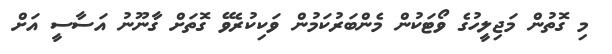
މި ގޮތުން މަޖިލީހުގެ ވޯޓަކުން މެންބަރުކަމުން ވަކިކުރެވޭ ގޮތަށް ގާނޫނު އަސާސީ އަށް